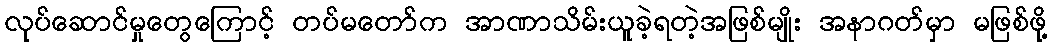
လုပ်ဆောင်မှုတွေကြောင့် တပ်မတော်က အာဏာသိမ်းယူခဲ့ရတဲ့အဖြစ်မျိုး အနာဂတ်မှာ မဖြစ်ဖို့